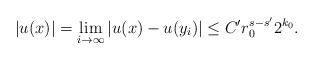
LaTeX: \begin{align*}\vert u(x)\vert=\lim_{i\rightarrow\infty}\vert u(x)-u(y_i)\vert\leq C'r_0^{s-s'}2^{k_0}.\end{align*}